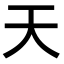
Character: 天